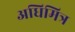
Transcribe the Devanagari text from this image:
अधिमित्र